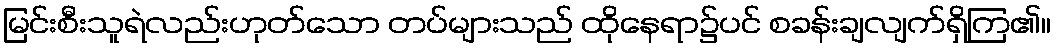
မြင်းစီးသူရဲလည်းဟုတ်သော တပ်များသည် ထိုနေရာ၌ပင် စခန်းချလျက်ရှိကြ၏။